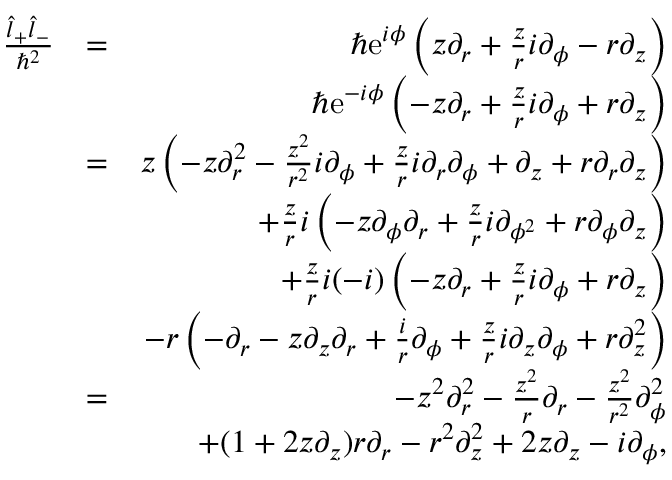
\begin{array} { r l r } { \frac { \hat { l } _ { + } \hat { l } _ { - } } { \hbar ^ { 2 } } } & { = } & { \hbar \mathrm { e } ^ { i \phi } \left( z \partial _ { r } + \frac { z } { r } i \partial _ { \phi } - r \partial _ { z } \right) } \\ & { } & { \hbar \mathrm { e } ^ { - i \phi } \left( - z \partial _ { r } + \frac { z } { r } i \partial _ { \phi } + r \partial _ { z } \right) } \\ & { = } & { z \left( - z \partial _ { r } ^ { 2 } - \frac { z ^ { 2 } } { r ^ { 2 } } i \partial _ { \phi } + \frac { z } { r } i \partial _ { r } \partial _ { \phi } + \partial _ { z } + r \partial _ { r } \partial _ { z } \right) } \\ & { } & { + \frac { z } { r } i \left( - z \partial _ { \phi } \partial _ { r } + \frac { z } { r } i \partial _ { \phi ^ { 2 } } + r \partial _ { \phi } \partial _ { z } \right) } \\ & { } & { + \frac { z } { r } i ( - i ) \left( - z \partial _ { r } + \frac { z } { r } i \partial _ { \phi } + r \partial _ { z } \right) } \\ & { } & { - r \left( - \partial _ { r } - z \partial _ { z } \partial _ { r } + \frac { i } { r } \partial _ { \phi } + \frac { z } { r } i \partial _ { z } \partial _ { \phi } + r \partial _ { z } ^ { 2 } \right) } \\ & { = } & { - z ^ { 2 } \partial _ { r } ^ { 2 } - \frac { z ^ { 2 } } { r } \partial _ { r } - \frac { z ^ { 2 } } { r ^ { 2 } } \partial _ { \phi } ^ { 2 } } \\ & { } & { + ( 1 + 2 z \partial _ { z } ) r \partial _ { r } - r ^ { 2 } \partial _ { z } ^ { 2 } + 2 z \partial _ { z } - i \partial _ { \phi } , } \end{array}